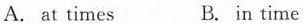
A. at times B. in time